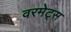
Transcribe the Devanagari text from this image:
वरमेट्स